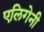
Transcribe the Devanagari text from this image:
एलिगेनी